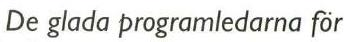
De glada programledarna för